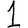
Digit: 1